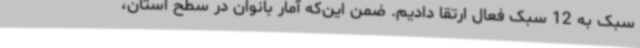
سبک به 12 سبک فعال ارتقا دادیم. ضمن این‌که آمار بانوان در سطح استان،